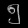
Digit: ၅